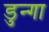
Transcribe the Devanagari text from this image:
डुन्गा